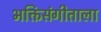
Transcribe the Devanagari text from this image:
भक्तिसंगीताला